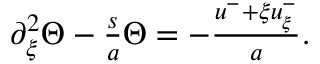
\begin{array} { r } { \partial _ { \xi } ^ { 2 } \Theta - \frac { s } { a } \Theta = - \frac { u ^ { - } + \xi u _ { \xi } ^ { - } } { a } . } \end{array}